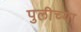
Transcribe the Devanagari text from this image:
पुलीच्या